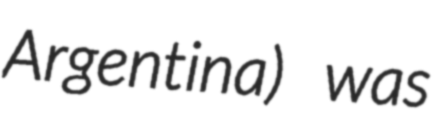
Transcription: Argentina) was